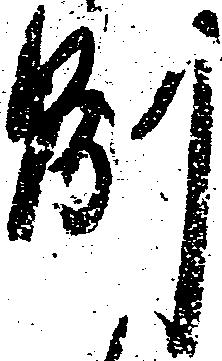
別